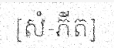
[សំ-ភីត]